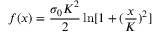
f ( x ) = \frac { \sigma _ { 0 } K ^ { 2 } } { 2 } \ln [ 1 + ( \frac { x } { K } ) ^ { 2 } ]